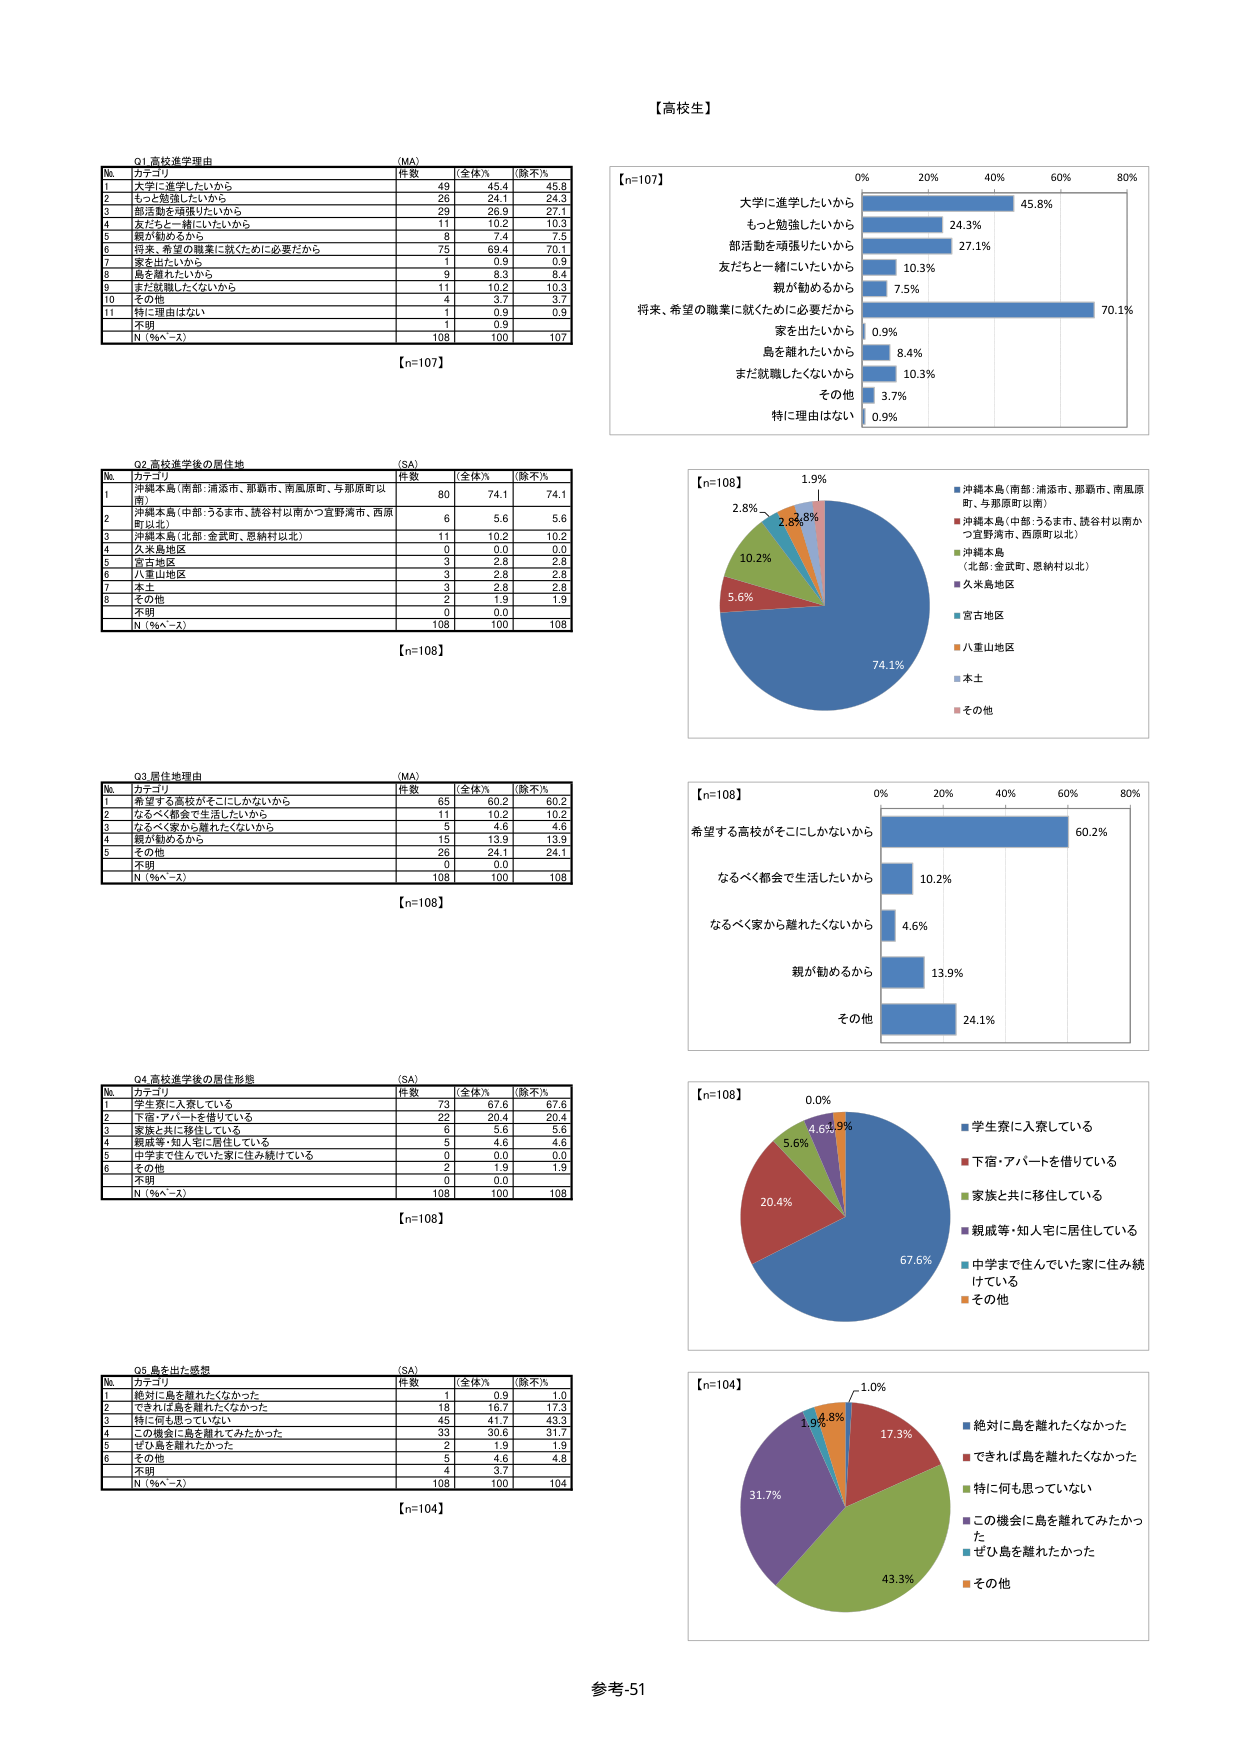
【高校生】

G1 高校進学理由 (MA)
№ カテゴリ 件数 (全体%) (除不%)
1 大学に進学したいから 49 45.4 45.8
2 もっと勉強したいから 26 24.1 24.3
3 部活動を頑張りたいから 29 26.9 27.1
4 友だちと一緒にいたいから 11 10.2 10.3
5 親が勧めるから 8 7.4 7.5
6 将来、希望の職業に就くために必要だから 75 69.4 70.1
7 家を出たいから 1 0.9 0.9
8 島を離れたいから 9 8.3 8.4
9 まだ就職したくないから 11 10.2 10.3
10 その他 4 3.7 3.7
11 特に理由はない 1 0.9 0.9
不明 1 0.9
N (%ベース) 108 100 107
【n=107】

G2 高校進学後の居住地 (SA)
№ カテゴリ 件数 (全体%) (除不%)
1 沖縄本島（南部：浦添市、那覇市、南風原町、与那原町以南） 80 74.1 74.1
2 沖縄本島（中部：うるま市、読谷村以南かつ宜野湾市、西原町以北） 6 5.6 5.6
3 沖縄本島（北部：金武町、恩納村以北） 11 10.2 10.2
4 久米島地区 0 0.0 0.0
5 宮古地区 3 2.8 2.8
6 八重山地区 3 2.8 2.8
7 本土 3 2.8 2.8
8 その他 2 1.9 1.9
不明 0 0.0
N (%ベース) 108 100 108
【n=108】

G3 居住地理由 (MA)
№ カテゴリ 件数 (全体%) (除不%)
1 希望する高校がそこにしかないから 65 60.2 60.2
2 なるべく都会で生活したいから 11 10.2 10.2
3 なるべく家から離れたくないから 5 4.6 4.6
4 親が勧めるから 15 13.9 13.9
5 その他 26 24.1 24.1
不明 0 0.0
N (%ベース) 108 100 108
【n=108】

G4 高校進学後の居住形態 (SA)
№ カテゴリ 件数 (全体%) (除不%)
1 学生寮に入寮している 73 67.6 67.6
2 下宿・アパートを借りている 22 20.4 20.4
3 家族と共に移住している 6 5.6 5.6
4 親戚等・知人宅に居住している 5 4.6 4.6
5 中学まで住んでいた家に住み続けている 0 0.0 0.0
6 その他 2 1.9 1.9
不明 0 0.0
N (%ベース) 108 100 108
【n=108】

G5 島を出た感想 (SA)
№ カテゴリ 件数 (全体%) (除不%)
1 絶対に島を離れたくなかった 1 0.9 1.0
2 できれば島を離れたくなかった 18 16.7 17.3
3 特に何も思っていない 45 41.7 43.3
4 この機会に島を離れてみたかった 33 30.6 31.7
5 ぜひ島を離れたくかった 2 1.9 1.9
6 その他 5 4.6 4.8
不明 4 3.7
N (%ベース) 108 100 104
【n=104】

【n=107】
0% 20% 40% 60% 80%
大学に進学したいから 45.8%
もっと勉強したいから 24.3%
部活動を頑張りたいから 27.1%
友だちと一緒にいたいから 10.3%
親が勧めるから 7.5%
将来、希望の職業に就くために必要だから 70.1%
家を出たいから 0.9%
島を離れたいから 8.4%
まだ就職したくないから 10.3%
その他 3.7%
特に理由はない 0.9%

【n=108】
74.1%
2.8%
2.8%
1.9%
10.2%
5.6%
沖縄本島（南部：浦添市、那覇市、南風原町、与那原町以南）
沖縄本島（中部：うるま市、読谷村以南かつ宜野湾市、西原町以北）
沖縄本島（北部：金武町、恩納村以北）
久米島地区
宮古地区
八重山地区
本土
その他

【n=108】
0% 20% 40% 60% 80%
希望する高校がそこにしかないから 60.2%
なるべく都会で生活したいから 10.2%
なるべく家から離れたくないから 4.6%
親が勧めるから 13.9%
その他 24.1%

【n=108】
67.6%
20.4%
5.6%
4.6%
1.9%
0.0%
学生寮に入寮している
下宿・アパートを借りている
家族と共に移住している
親戚等・知人宅に居住している
中学まで住んでいた家に住み続けている
その他

【n=104】
43.3%
31.7%
17.3%
1.9%
4.8%
1.0%
絶対に島を離れたくなかった
できれば島を離れたくなかった
特に何も思っていない
この機会に島を離れてみたかった
ぜひ島を離れたくかった
その他

参考-51